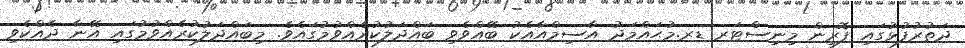
ދަތުރުފުޅުގައި ފޮރިން މިނިސްޓަރ ޑރ.މުޙައްމަދު އާސިމްއާއެކު ބޭއްވެވި ބައްދަލުކުރެއްވުމުގައެވެ. މިބައްދަލުކުރެއްވުމުގައި އޭނާ ދެއްކެވި